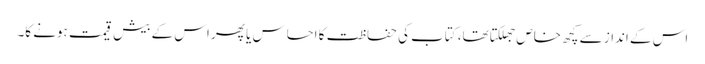
اس کے انداز سے کچھ خاص جھلکتا تھا، کتاب کی حفاظت کا احساس یا پھر اس کے بیش قیمت ہونے کا۔